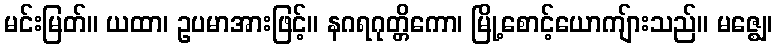
မင်းမြတ်။ ယထာ၊ ဥပမာအားဖြင့်။ နဂရဂုတ္တိကော၊ မြို့စောင့်ယောကျ်ားသည်။ မဇ္ဈေ၊